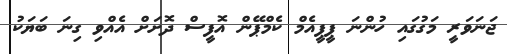
ޖަނަވަރީ މަގުގައި ހުންނަ ޕީޕީއެމް ކެމްޕޭން އޮފީސް ދޮށަށް އެއްވި ގިނަ ބަޔަކު